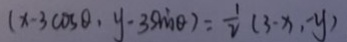
( x - 3 \cos \theta , y - 3 \sin \theta ) = \frac { 1 } { 2 } ( 3 - x , - y )